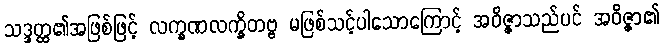
သဒ္ဒတ္ထ၏အဖြစ်ဖြင့် လက္ခဏလက္ခိတဗ္ဗ မဖြစ်သင့်ပါသောကြောင့် အဝိဇ္ဇာသည်ပင် အဝိဇ္ဇာ၏